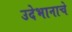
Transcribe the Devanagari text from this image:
उदेभानाचे